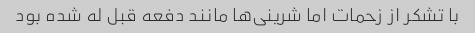
با تشکر از زحمات اما شرینی‌ها مانند دفعه قبل له شده بود